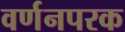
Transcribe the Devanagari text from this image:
वर्णनपरक